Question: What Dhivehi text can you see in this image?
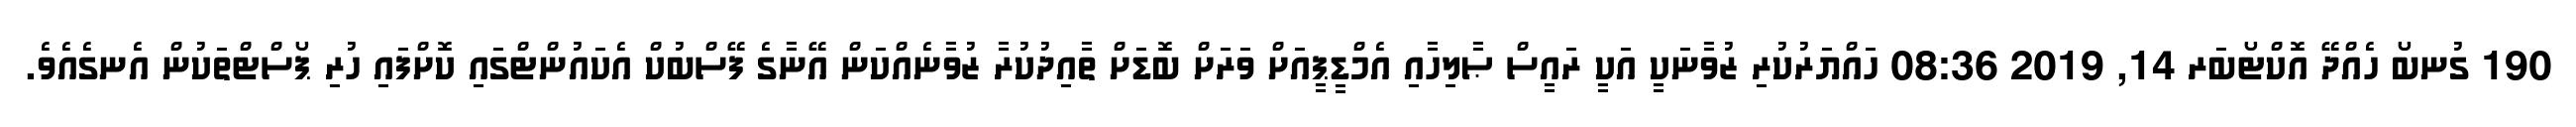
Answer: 190 ގުނބޯ ހެއްދޭ އޮކްޓޯބަރ 14, 2019 08:36 ހައްޔަރުކުރި ޒުވާނަކީ އަކީ ރައީސް ޞާލިހާއި އެމްޑީޕީއަށް ވަރަށް ބޮޑަށް ތާއިދުކުރާ ޒުވާނެއްކަން އޭނާގެ ފޭސްބުކް އެކައުންޓްގައި ކޮށްފައި ހުރި ޕޯސްޓްތަކުން އެނގެއެވެ.